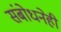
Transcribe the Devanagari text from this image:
संबोधनेही